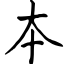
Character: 夲